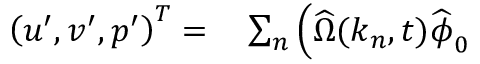
\begin{array} { r l } { \left( u ^ { \prime } , v ^ { \prime } , p ^ { \prime } \right) ^ { T } = } & { { } \sum _ { n } \Big ( \widehat { \Omega } ( \boldsymbol { k } _ { n } , t ) \widehat { \boldsymbol { \phi } } _ { 0 } } \end{array}